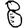
Digit: 8